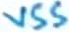
Text: VSS